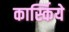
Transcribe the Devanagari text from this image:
कार्स्किये